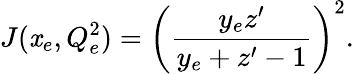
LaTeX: J(\mathit{x}_{e},Q_{e}^{2})=\left(\frac{{y_{e}z^{\prime}}}{{y_{e}+z^{\prime}-1}}\right)^{2}.